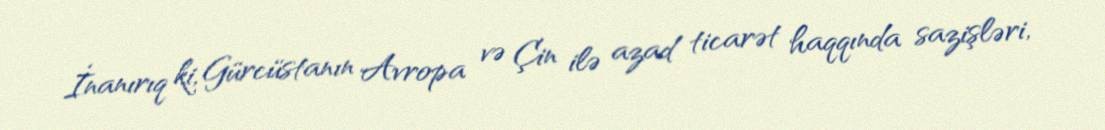
İnanırıq ki, Gürcüstanın Avropa və Çin ilə azad ticarət haqqında sazişləri,